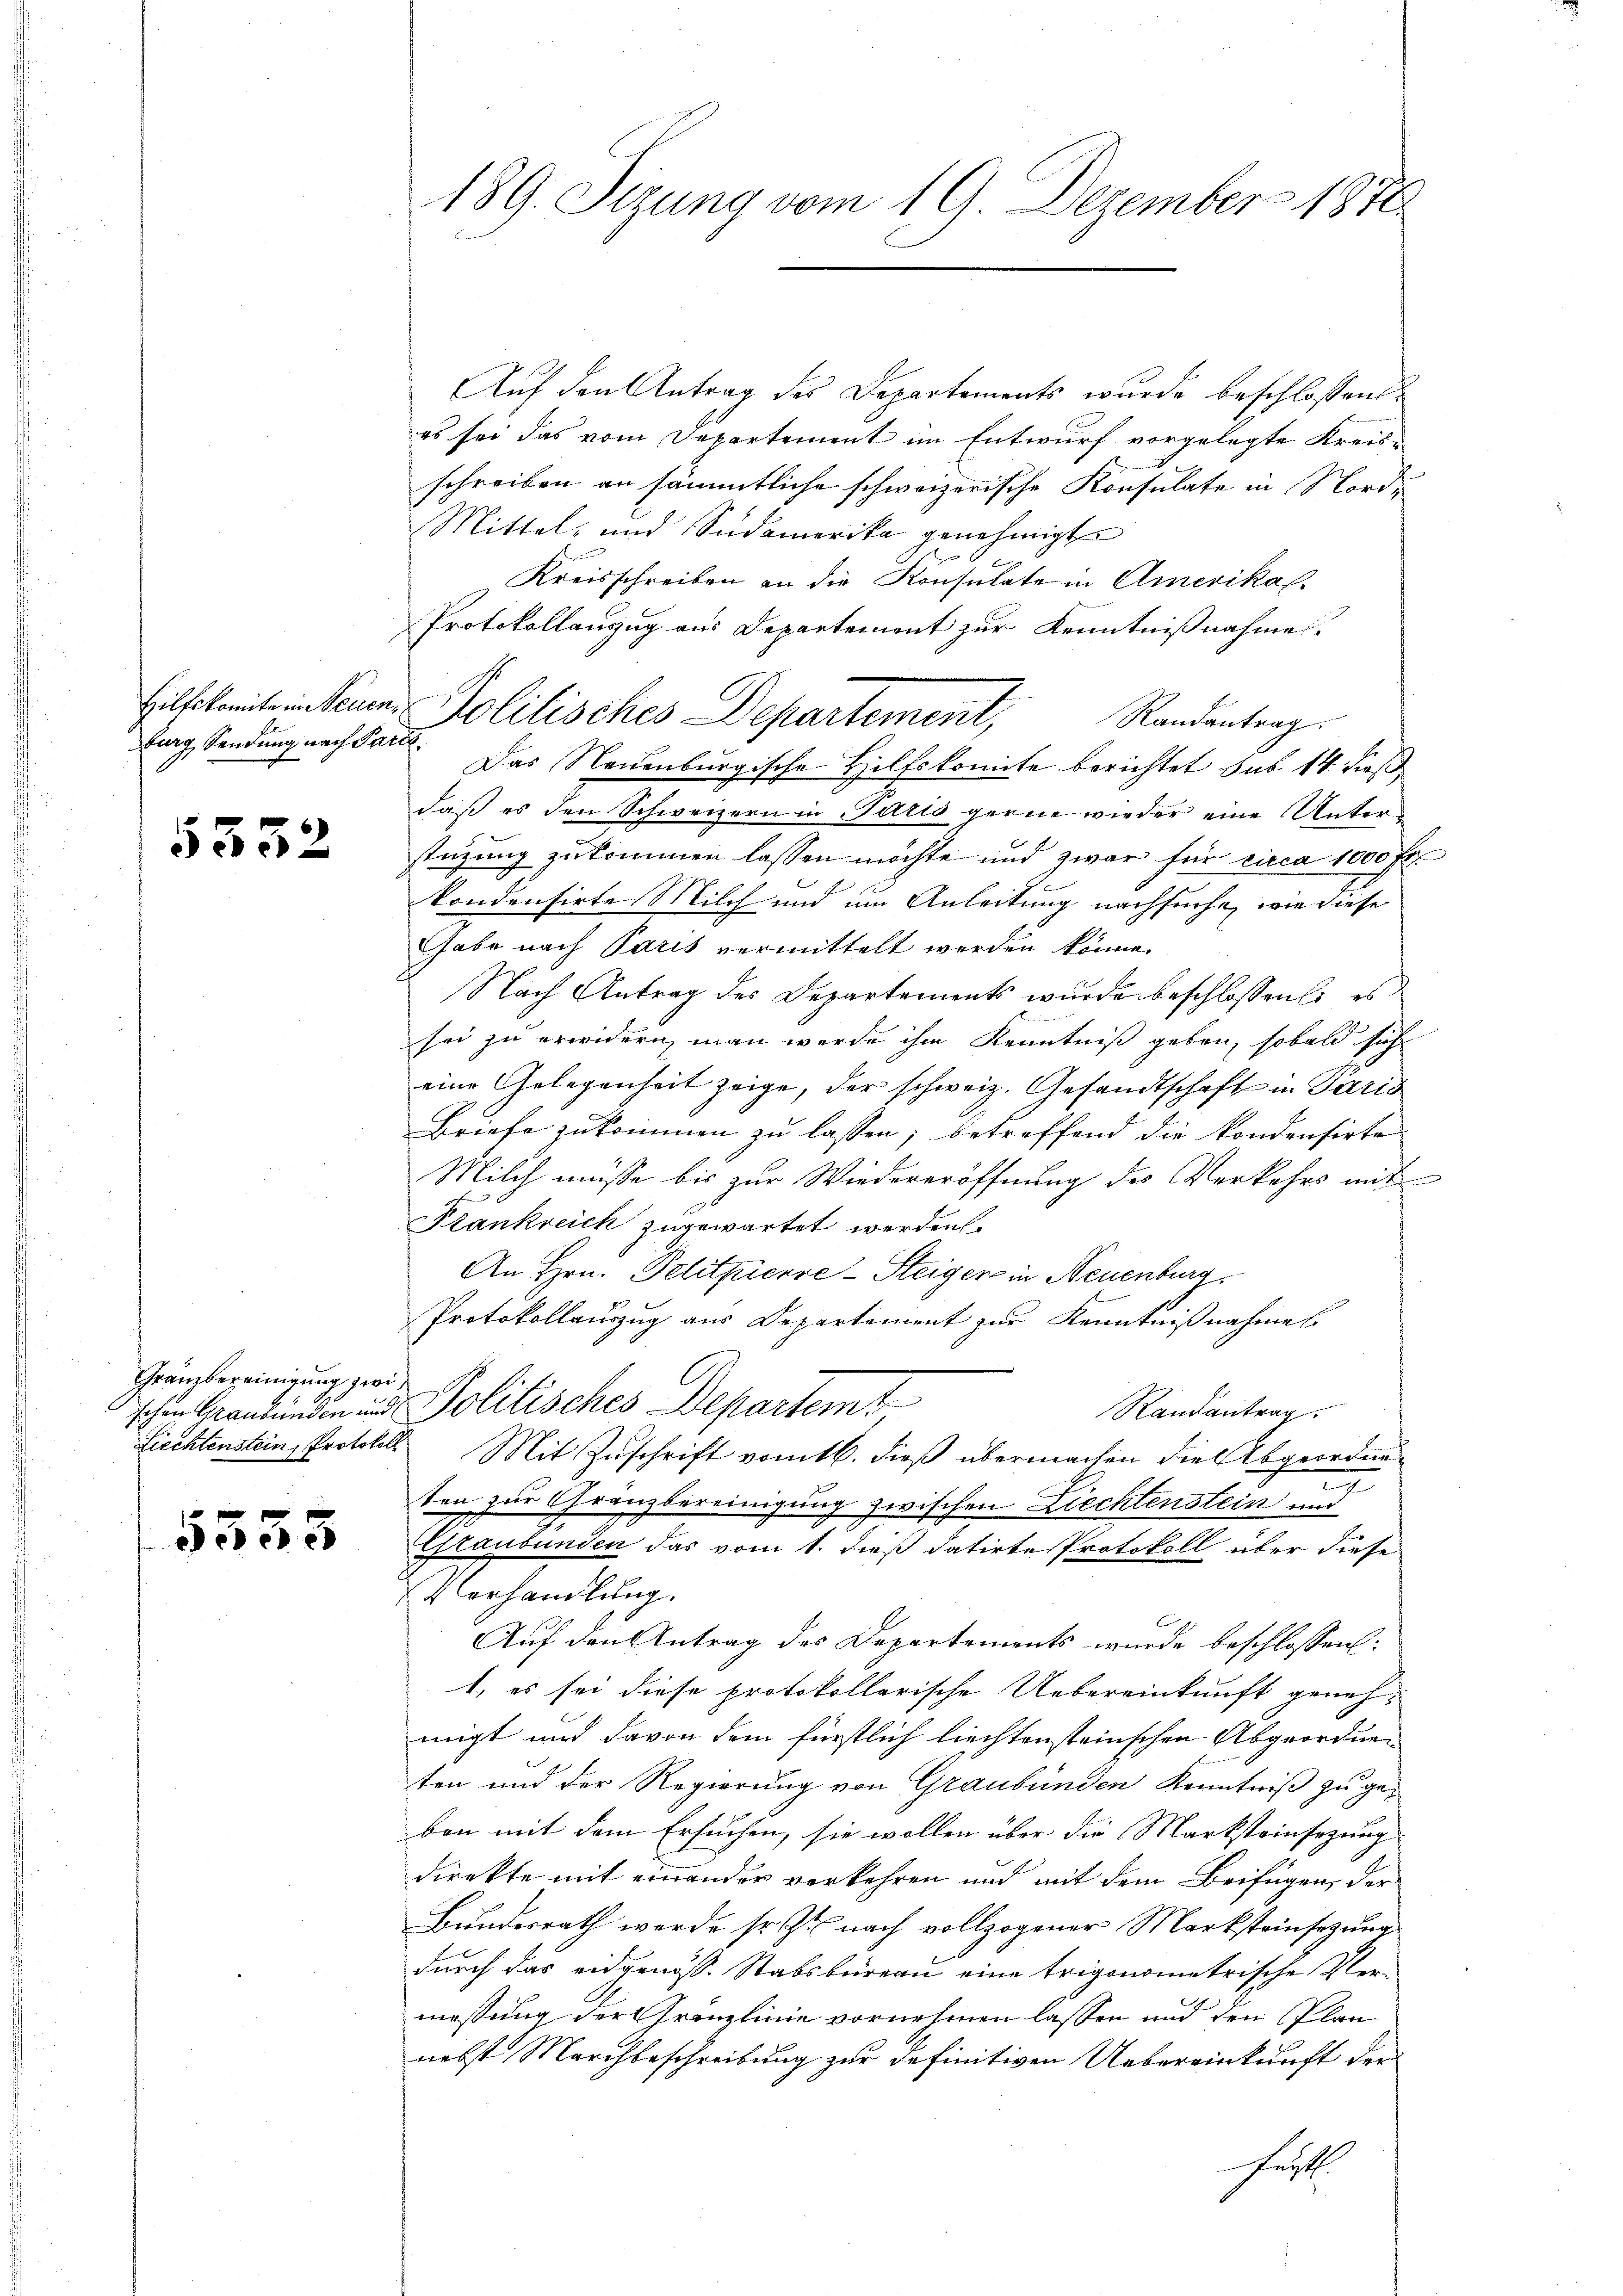
burg, Sendung nach Parts.

5332

Auf den Antrag des Departements wurde beschlossen:
es sei das vom Departement im Entwurf vorgelegte Kreisschreiben an sämmtliche schweizerische Konsulate in Nord¬
Mittel- und Südamerika genehmigt.
Kreisschreiben an die Konsulate in Amerikas.
Protokollauszug aus Departement zur Kenntnißnahme.
Hilfskomit in teuer Politisches Departement, Randantrag
Das Neuenburgische Hilfskomite berichtet sub 14. dieß
daß es den Schweizern in Paris gerne wieder eine Unterstüzung zukommen lassen möchte und zwar für circa 1000 fr.
kondensirte Milch und um Anleitung nachsuche, wie diese
Gabe nach Paris vermittelt werden könne.
Nach Antrag des Departements wurde beschlossens es
sei zu erwidern, man werde ihm Kenntniß geben, sobald sich
eine Gelegenheit zeige, der schweiz. Gesandtschaft in Paris
Briefe zukommen zu lassen; betreffend die kondensirte
Milch müsse bis zur Wiedereröffnung des Verkehrs mit
Stankreich zugewartet werden.
An Hrn. Petitpierre-Steiger in Neuenburg
Protokollauszug aus Departement zur Kenntnißnahmes
schen Graubünden und Politisches Departem t
Randantrag.
Liechtenstein, Protokoll Mit Zuschrift vom 16. dieß übermachen die Abgeordnex
ten zur Gränzbereinigung zwischen Ziechtenstein und
Estaubunden das vom 1. dieß datirte Protokoll über diese
Verhandlung.
Auf den Antrag des Departements wurde beschlossen:
1. es sei diese protokollarische Uebereinkunft genehmigt und davon dem fürstlich liechtensteinschen Abgeordnen
ten und der Regierung von Graubünden Kenntniß zu geben mit dem Ersuchen, sie wollen über die Marksteinsezung
direkte mit einander verkehren und mit dem Beifügen, der
Bundesrath werde so zu nach vollzogener Marksteinsezung
durch das eidgenöss. Stabsbureau eine trigonometrische Ver-
messung der Granzlinie vornehmen lassen und den Plannebst Marchbeschreibung zur definitiven Uebereinkunft der
Festsch

Gränzbereinigung zwi¬

5335

189. Sizung vom 19. Dezember 1876